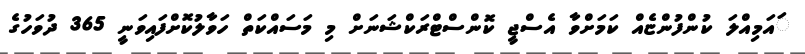
ައަމިއްލަ ކުންފުންޏެއް ކަމަށްވާ އެސްޖީ ކޮންސްޓްރަކްޝަނަށް މި މަސައްކަތް ހަވާލުކޮށްފައިވަނީ 365 ދުވަހުގެ